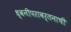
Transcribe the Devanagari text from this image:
ध्वनीपरावर्तनाची